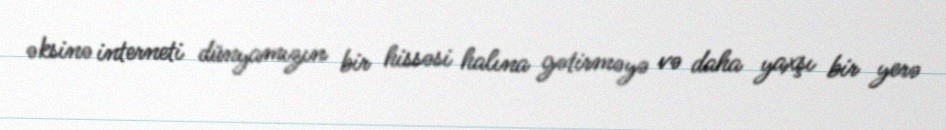
əksinə interneti dünyamızın bir hissəsi halına gətirməyə və daha yaxşı bir yerə